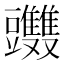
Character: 𧰤